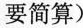
要简算）